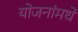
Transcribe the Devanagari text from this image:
योजनांमधे